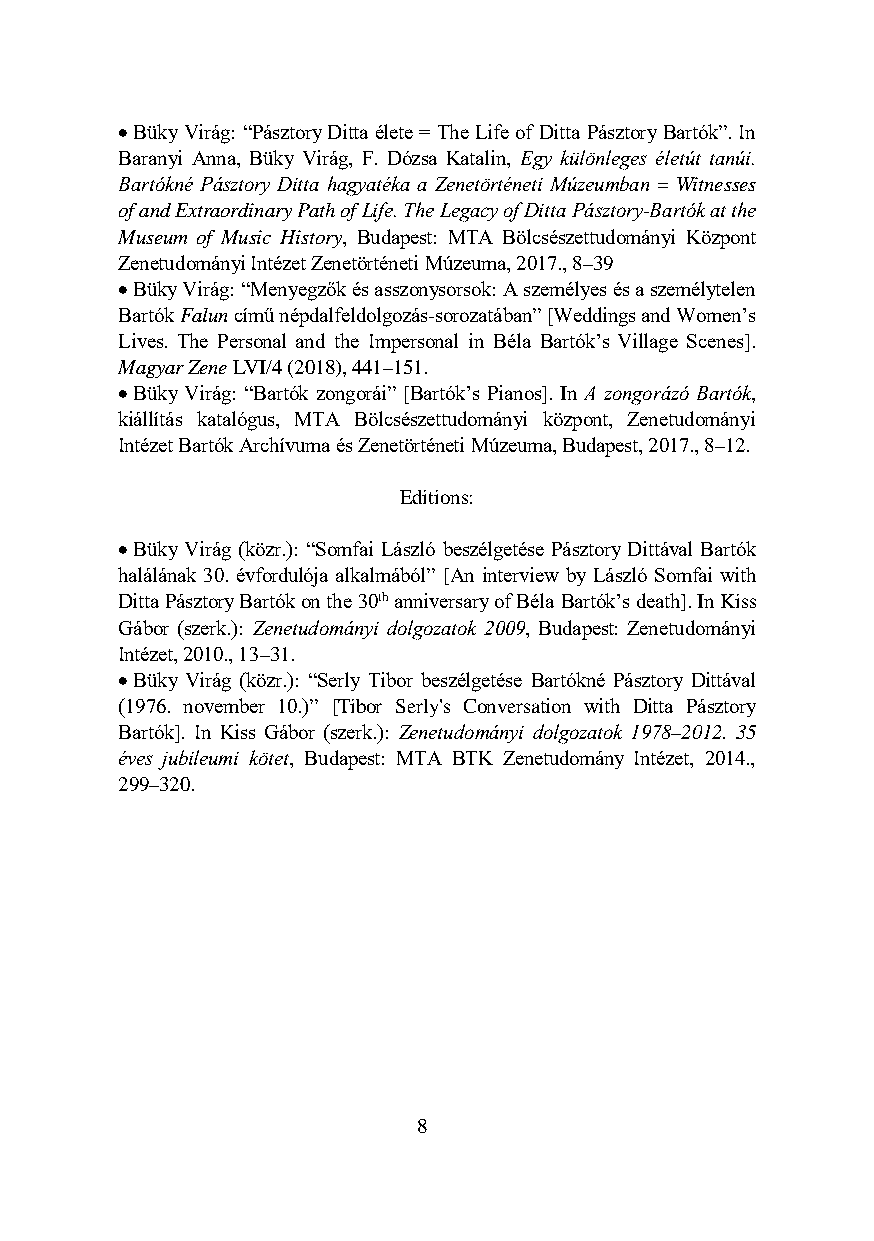
 Büky Virág: “Pásztory Ditta élete = The Life of Ditta Pásztory Bartók”. In
 Baranyi Anna, Büky Virág, F. Dózsa Katalin, Egy különleges életút tanúi.
 Bartókné Pásztory Ditta hagyatéka a Zenetörténeti Múzeumban = Witnesses
 of and Extraordinary Path of Life. The Legacy of Ditta Pásztory-Bartók at the
 Museum of Music History, Budapest: MTA Bölcsészettudományi Központ
 Zenetudományi Intézet Zenetörténeti Múzeuma, 2017., 8–39
  Büky Virág: “Menyegzők és asszonysorsok: A személyes és a személytelen
 Bartók Falun című népdalfeldolgozás-sorozatában” [Weddings and Women’s
 Lives. The Personal and the Impersonal in Béla Bartók’s Village Scenes].
 Magyar Zene LVI/4 (2018), 441–151.
  Büky Virág: “Bartók zongorái” [Bartók’s Pianos]. In A zongorázó Bartók,
 kiállítás katalógus, MTA Bölcsészettudományi központ, Zenetudományi
 Intézet Bartók Archívuma és Zenetörténeti Múzeuma, Budapest, 2017., 8–12.
 Editions:
  Büky Virág (közr.): “Somfai László beszélgetése Pásztory Dittával Bartók
 halálának 30. évfordulója alkalmából” [An interview by László Somfai with
 Ditta Pásztory Bartók on the 30th anniversary of Béla Bartók’s death]. In Kiss
 Gábor (szerk.): Zenetudományi dolgozatok 2009, Budapest: Zenetudományi
 Intézet, 2010., 13–31.
  Büky Virág (közr.): “Serly Tibor beszélgetése Bartókné Pásztory Dittával
 (1976. november 10.)” [Tibor Serly's Conversation with Ditta Pásztory
 Bartók]. In Kiss Gábor (szerk.): Zenetudományi dolgozatok 1978–2012. 35
 éves jubileumi kötet, Budapest: MTA BTK Zenetudomány Intézet, 2014.,
 299–320.
 8